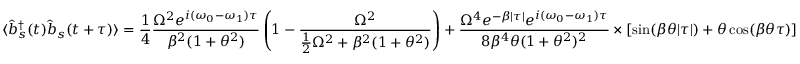
\langle { \hat { b } } _ { s } ^ { \dagger } ( t ) { \hat { b } } _ { s } ( t + \tau ) \rangle = { \frac { 1 } { 4 } } { \frac { \Omega ^ { 2 } e ^ { i ( \omega _ { 0 } - \omega _ { 1 } ) \tau } } { \beta ^ { 2 } ( 1 + \theta ^ { 2 } ) } } \left( 1 - { \frac { \Omega ^ { 2 } } { { \frac { 1 } { 2 } } \Omega ^ { 2 } + \beta ^ { 2 } ( 1 + \theta ^ { 2 } ) } } \right) + { \frac { \Omega ^ { 4 } e ^ { - \beta | \tau | } e ^ { i ( \omega _ { 0 } - \omega _ { 1 } ) \tau } } { 8 \beta ^ { 4 } \theta ( 1 + \theta ^ { 2 } ) ^ { 2 } } } \times [ \sin ( \beta \theta | \tau | ) + \theta \cos ( \beta \theta \tau ) ]